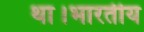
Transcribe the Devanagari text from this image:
था।भारतीय